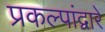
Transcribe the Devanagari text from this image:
प्रकल्पांद्वारे